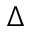
\Delta